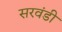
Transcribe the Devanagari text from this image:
सरवंडी